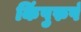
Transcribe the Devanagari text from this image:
किंपुरुषं